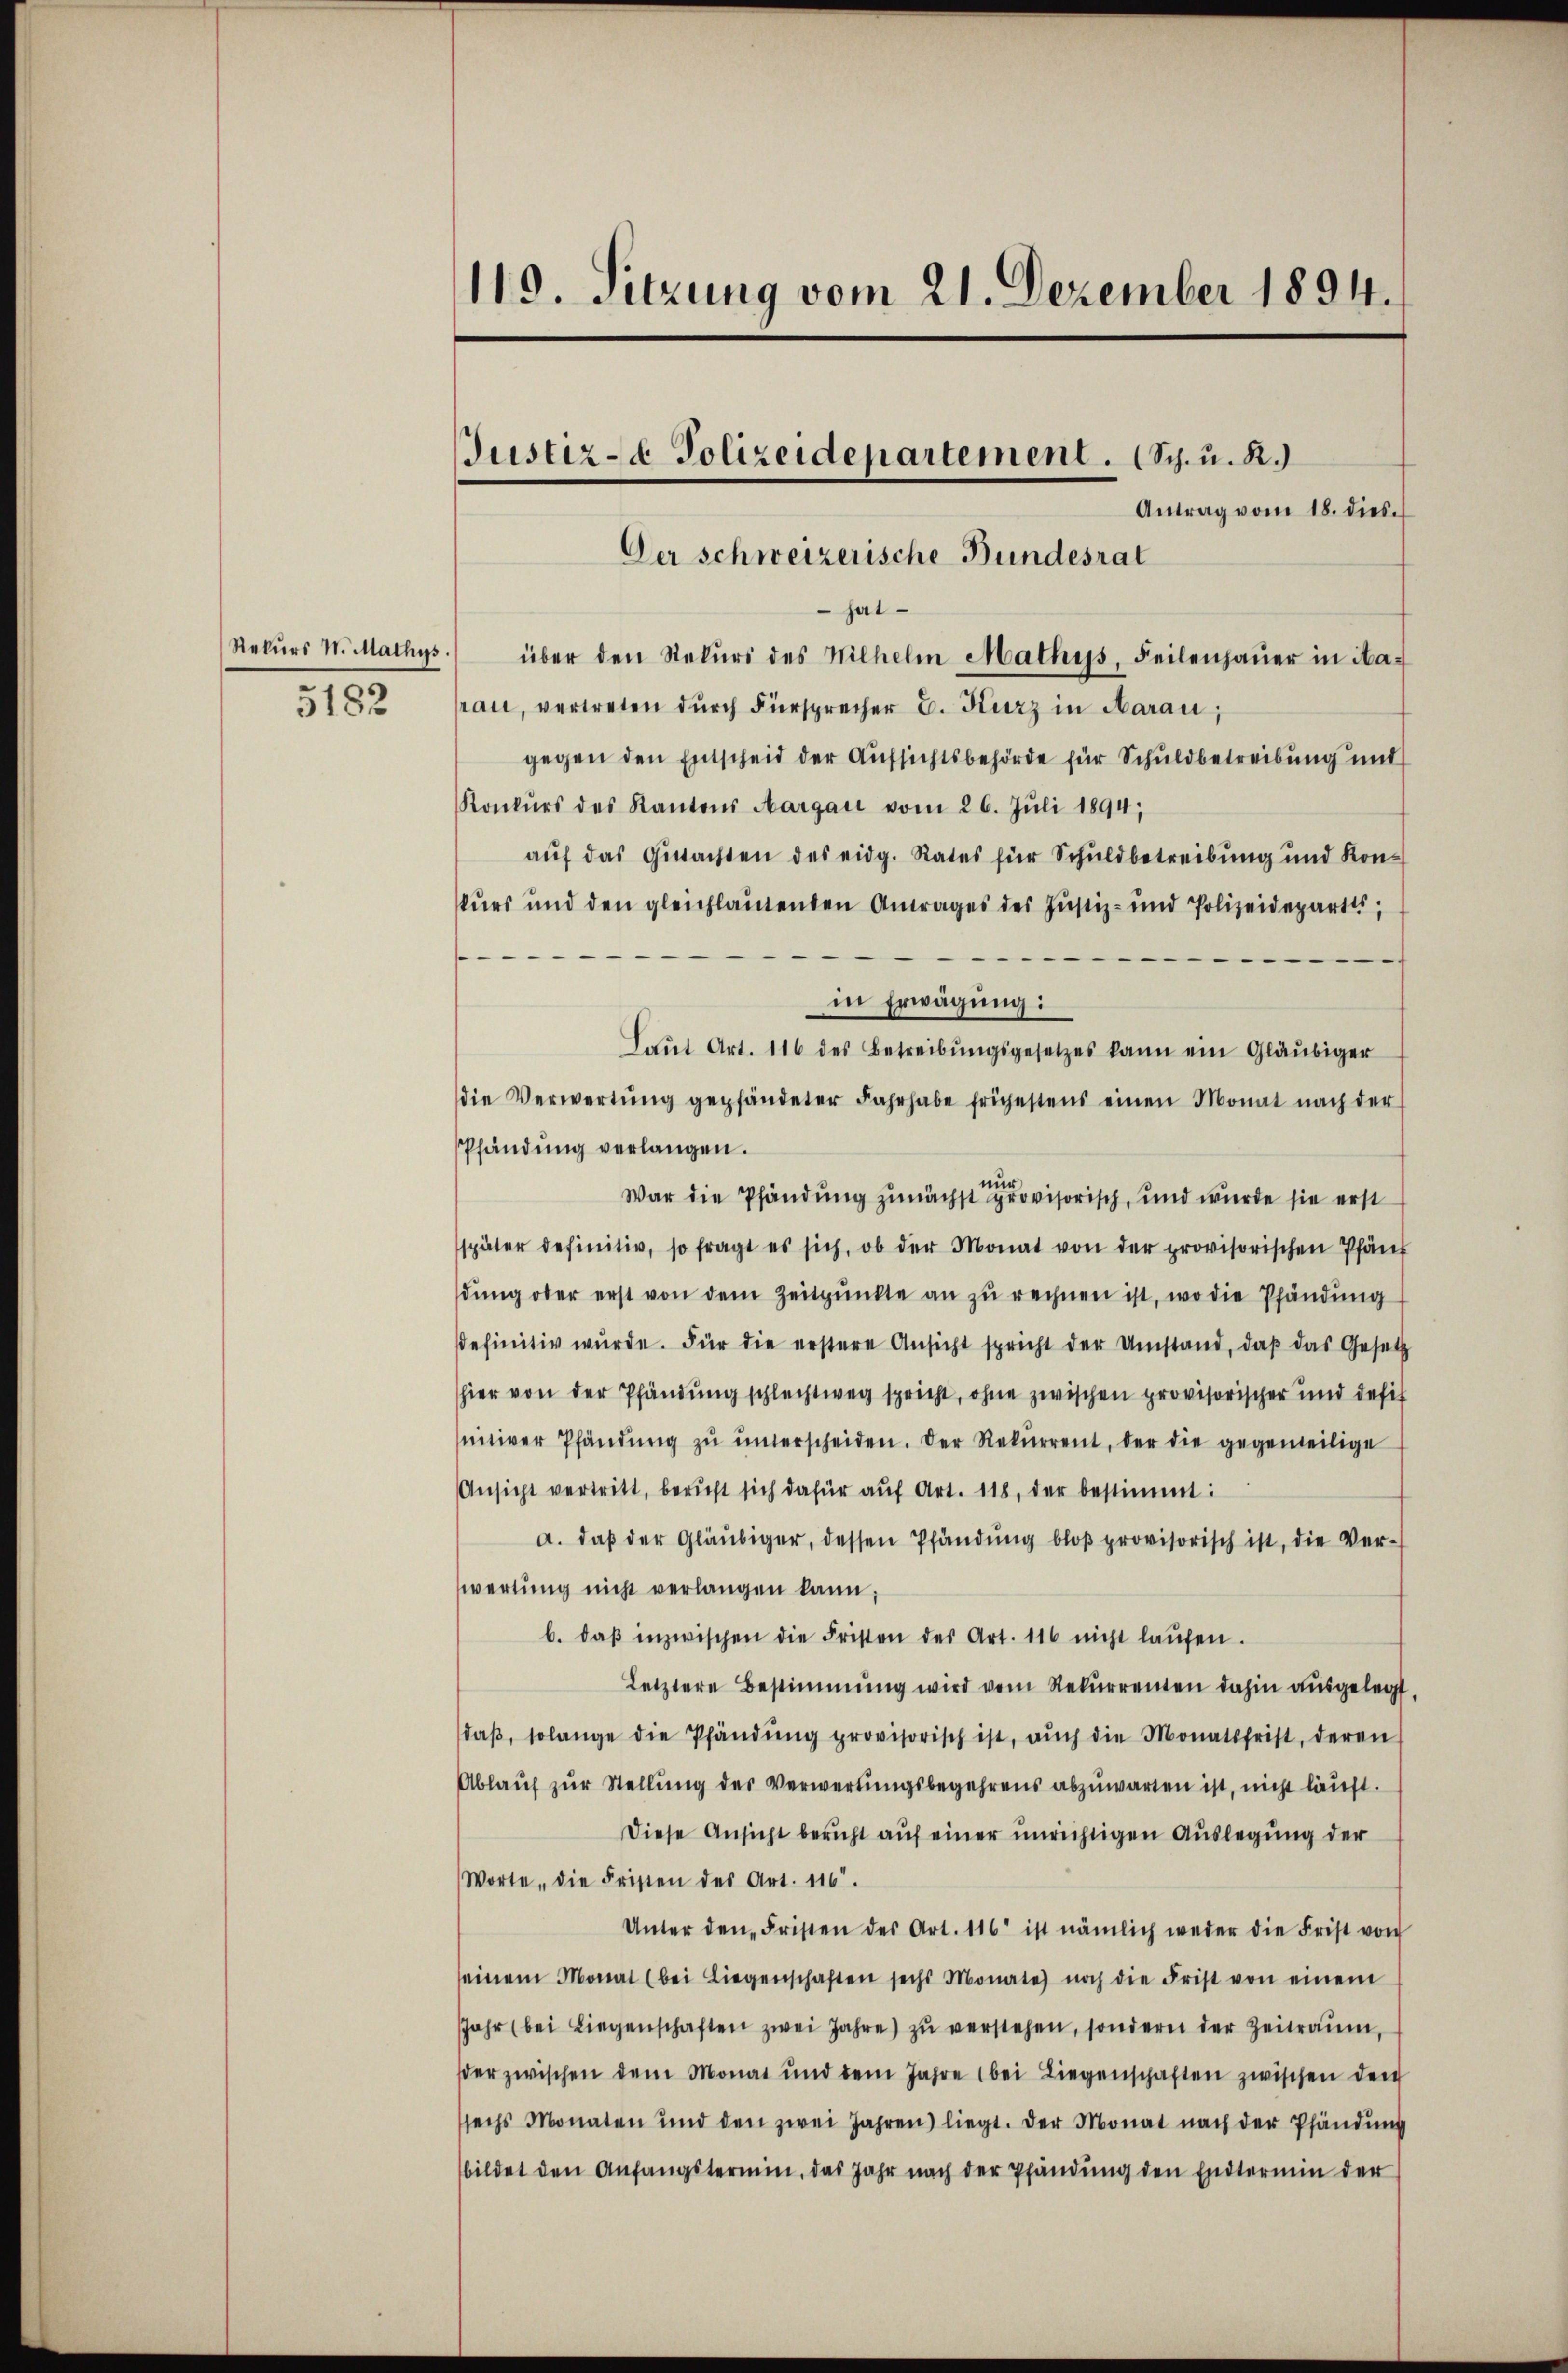
5182

Antrag vom 18. dies
 hat
Rekŭrs N. Mathys.) über den Stekŭrs des Wilhelm Mathys, Feilenhaŭer in ita-
rau, vertreten durch Fürsprecher E. Kurz in Aarau,
gegen den Entscheid der Aufsichtsbehörde für Schuldbetreibung und
Konkurs des Kantons Aargau vom 26. Juli 1894;
auf das Gutachten des eidg. Rates für Schuldbetreibung und Konskurs und den gleichlautenden Antrages des Justiz- und Polizeidepartes,
in Erwägung:
Laŭt Art. 116 des Betreibungsgesetzes kann ein Gläubiger
die Verwertŭng gepfändeter Fahrhabe frühestens einen Monat nach der
Pfändung verlangen.
War die Pfändung zunächst provisorisch, und wurde sie erst
später definitiv, so fragt es sich, ob der Monat von der provisorischen Pfarr
dŭng ober erst von dem Zeitpunkte an zŭ rechnen ist, wo die Pfändung
sdefinitiv wŭrde. Für die erstere Ansicht spricht der Umstand, daβ das Gesetz
hier von der Pfändung schlechtweg spricht, ohne zwischen provisorischer und defif
nitiver Pfändŭng zŭ ŭnterscheiden. Der Rekŭrrent, der die gegenteilige
Ansicht vertritt, beruft sich dafür auf Art. 118, der bestimmt:
a. daß der Gläubiger, dessen Pfändung bloß provisorisch ist, die Verwertung nicht verlangen kann;
b. daβ inzwischen die Fristen des Art. 116 nicht laŭfen.
Letztere Bestimmung wird vom Rekurrenten dahin ausgelegt,
daβ, solange die Pfändŭng provisorisch ist, aŭch die Monatsfrist, deren
Ablauf zur Stellung des Verwertungsbegehrens abzuwarten ist, nicht läuft.
Diese Ansicht bericht auf einer unrichtigen Auslegung der
Worte, die Fristen des Art. 116.
Unter den Fristen des Art. 116 ist nämlich weder die Frist von
seinem Monat (bei Liegenschaften sechs Monate noch die Frist von einem
JJahr (bei Liegenschaften zwei Jahre zŭ verstehen, sondern der Zeitraum,
ser zwischen dem Monat und dem Jahre bei Liegenschaften zwischen der
sechs Monaten und den zwei Jahren liegt. Der Monat nach der Pfändŭng
bildet den Anfangstermin, das Jahr nach der Pfändŭng den Endtermin der

119. Sitzung vom 21. Dezember 1894.

Justiz- & Polizeidepartement. (Sch. u. R.)

Der schweizerische Bundesrat